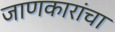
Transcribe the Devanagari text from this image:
जाणकारांचा